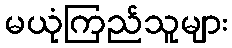
မယုံကြည်သူများ